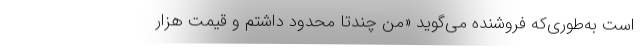
است‌ به‌طوری‌که فروشنده می‌گوید «‌من چندتا محدود داشتم و قیمت هزار